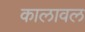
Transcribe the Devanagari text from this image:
कालावल